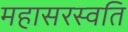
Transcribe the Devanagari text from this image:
महासरस्वति